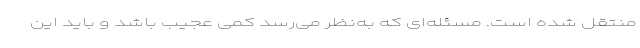
منتقل شده است. مسئله‌ای که به‌نظر می‌رسد کمی عجیب باشد و باید این